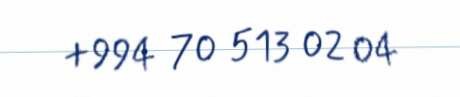
+994 70 513 02 04